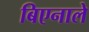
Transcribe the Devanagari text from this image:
बिएनाले